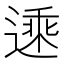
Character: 𬨾